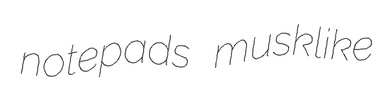
notepads musklike